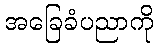
အခြေခံပညာကို